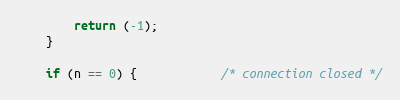
Language: C
		return (-1);
	}

	if (n == 0) {			/* connection closed */